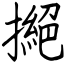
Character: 撧